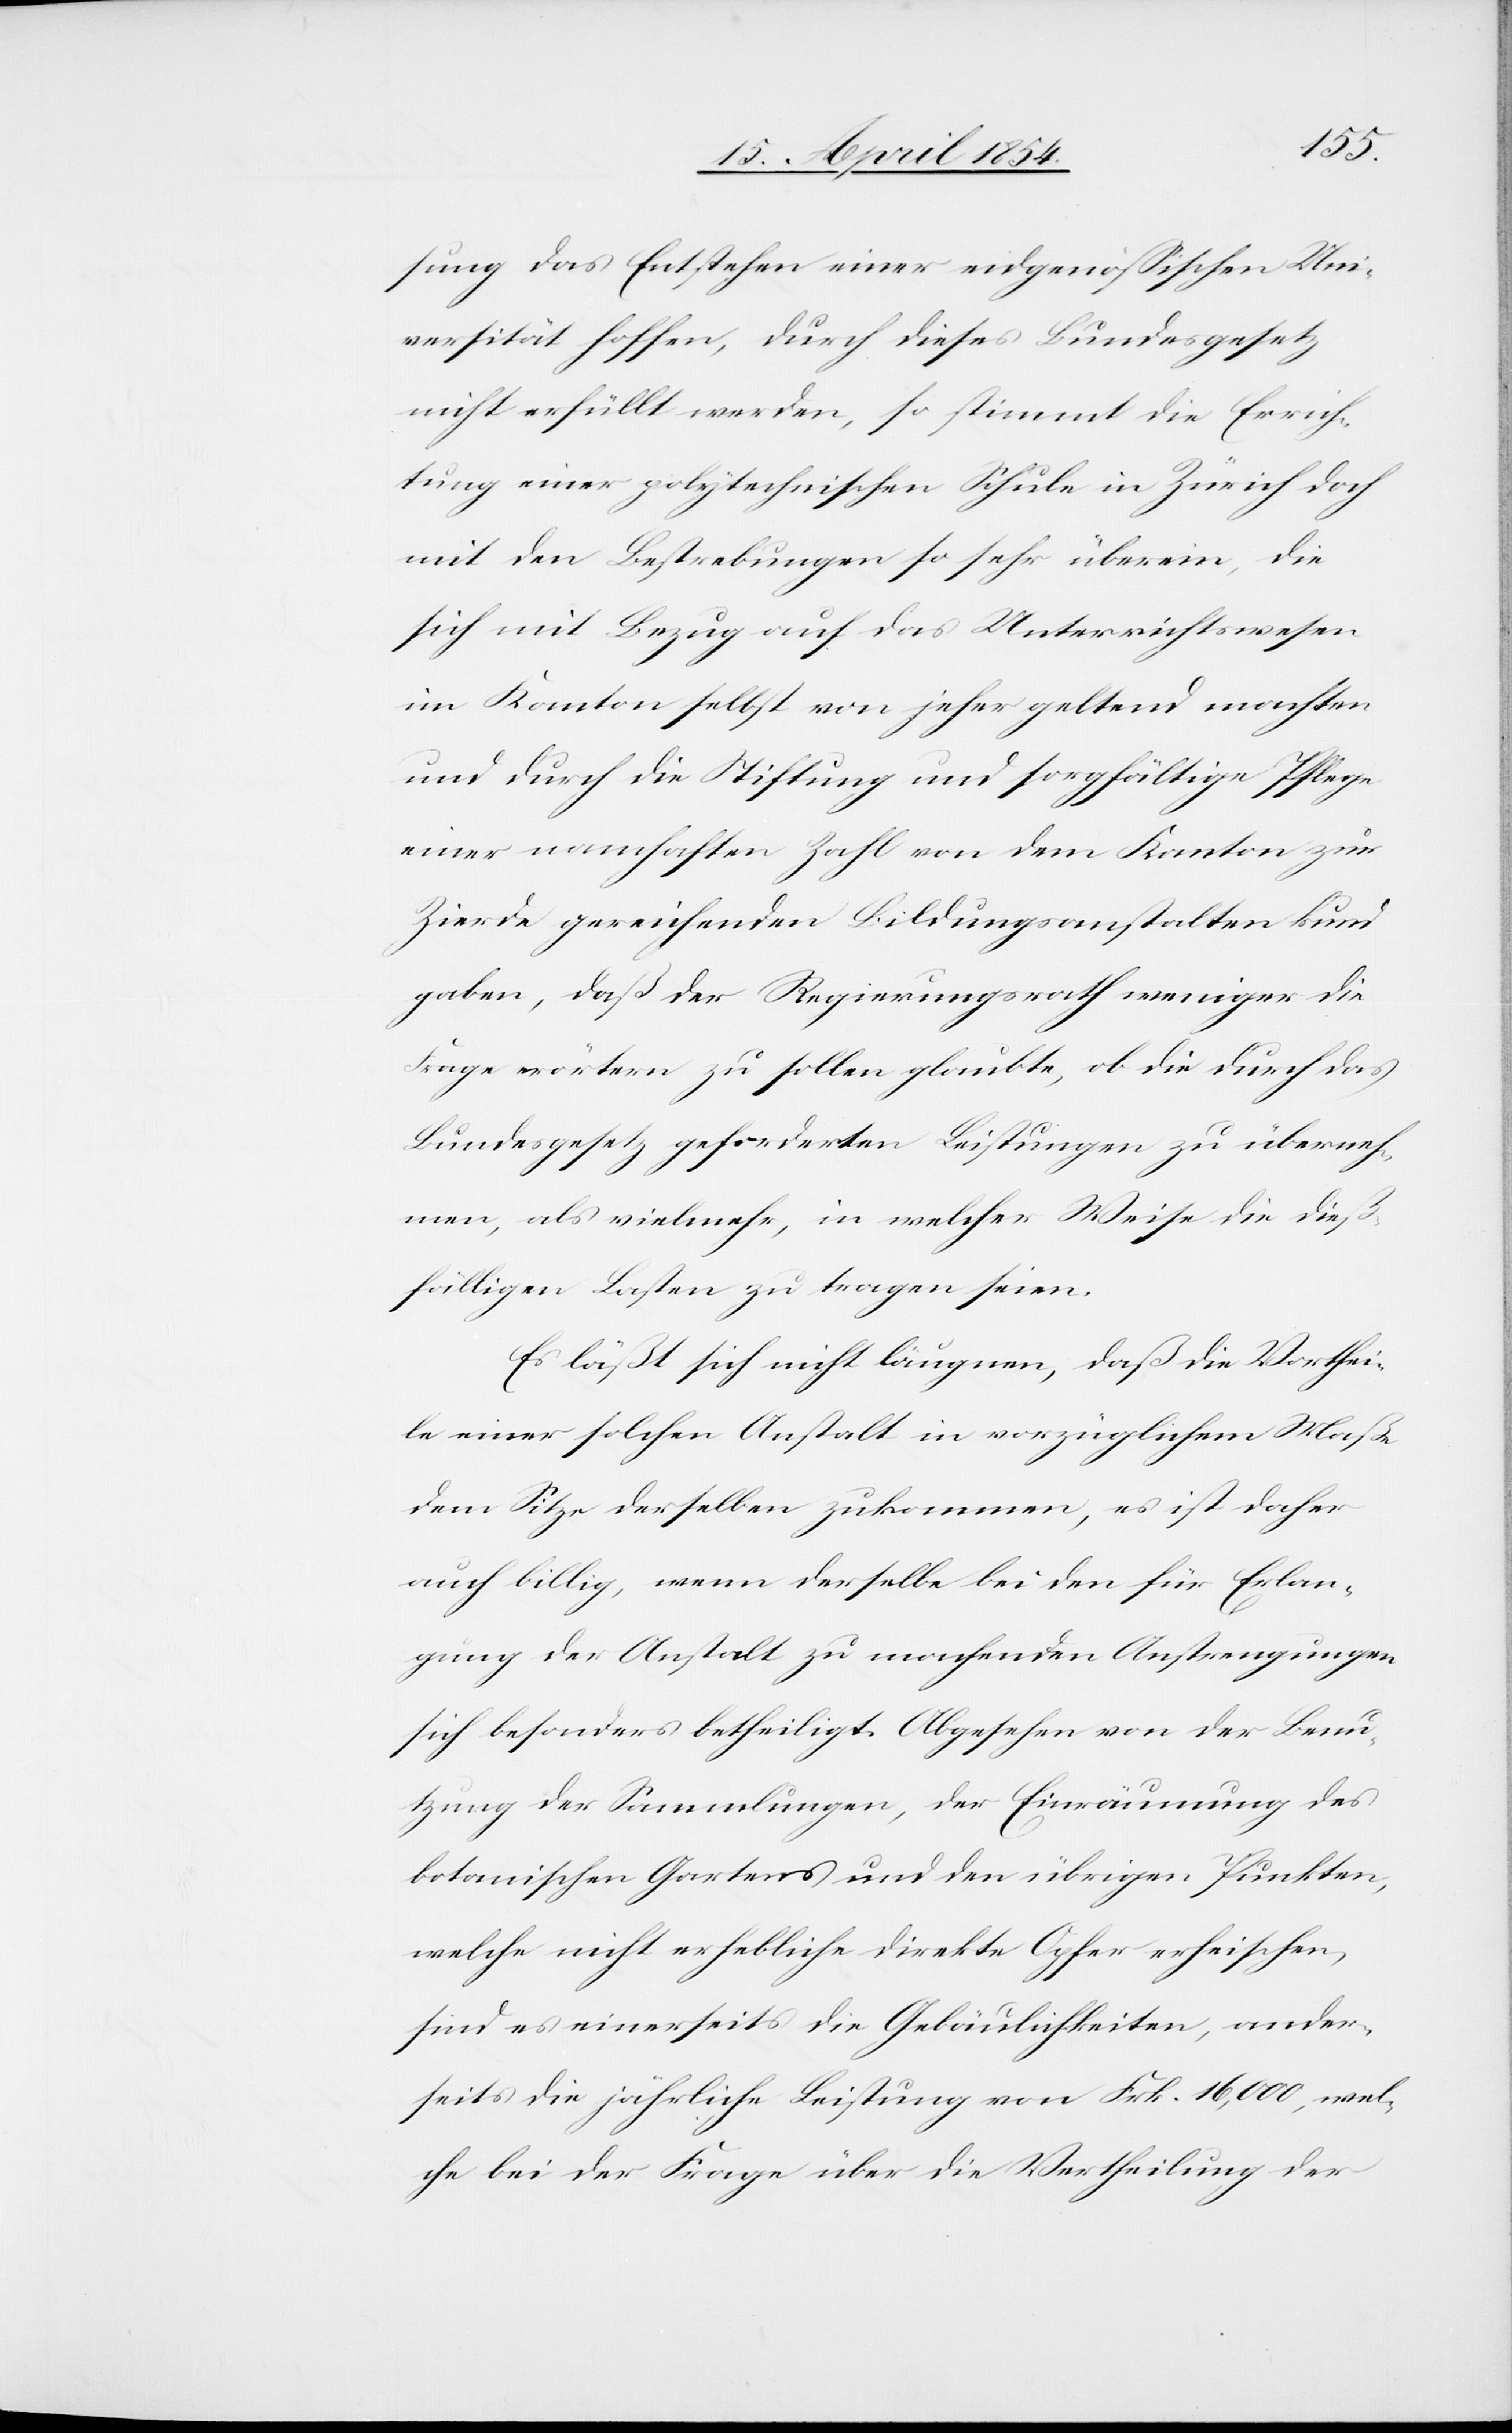
sung das Entstehen einer eidgenößischen Uni¬
versität hoffen, durch dieses Bundesgesetz
nicht erfüllt werden, so stimmt die Errich¬
tung einer polytechnischen Schule in Zürich doch
mit den Bestrebungen so sehr überein, die
sich mit Bezug auf das Unterrichtswesen
im Kanton selbst von jeher geltend machten
und durch die Stiftung und sorgfältige Pflege
einer namhaften Zahl von dem Kanton zur
Zierde gereichenden Bildungsanstalten kund
gaben, daß der Regierungsrath weniger die
Frage erörtern zu sollen glaubte, ob die durch das
Bundesgesetz geforderten Leistungen zu überneh¬
men, als vielmehr, in welcher Weise die dieß¬
fälligen Lasten zu tragen seien.
Es läßt sich nicht läugnen, daß die Vorthei¬
le einer solchen Anstalt in vorzüglichem Maße
dem Sitze derselben zukommen, es ist daher
auch billig, wenn derselbe bei den für Erlan¬
gung der Anstalt zu machenden Anstrengungen
sich besonders betheiligt. Abgesehen von der Benu¬
tzung der Sammlungen, der Einräumung des
botanischen Gartens und den übrigen Punkten,
welche nicht erhebliche direkte Opfer erheischen,
sind es einerseits die Gebäulichkeiten, ander¬
seits die jährliche Leistung von Frk. 16,000, wel¬
che bei der Frage über die Vertheilung der